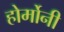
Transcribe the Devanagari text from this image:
होर्मोनी